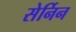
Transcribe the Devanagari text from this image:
सेर्निन